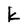
Character: k